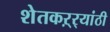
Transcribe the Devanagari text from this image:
शेतकऱ्र्‍यांठी